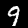
Label: 9